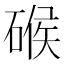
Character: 𱴞